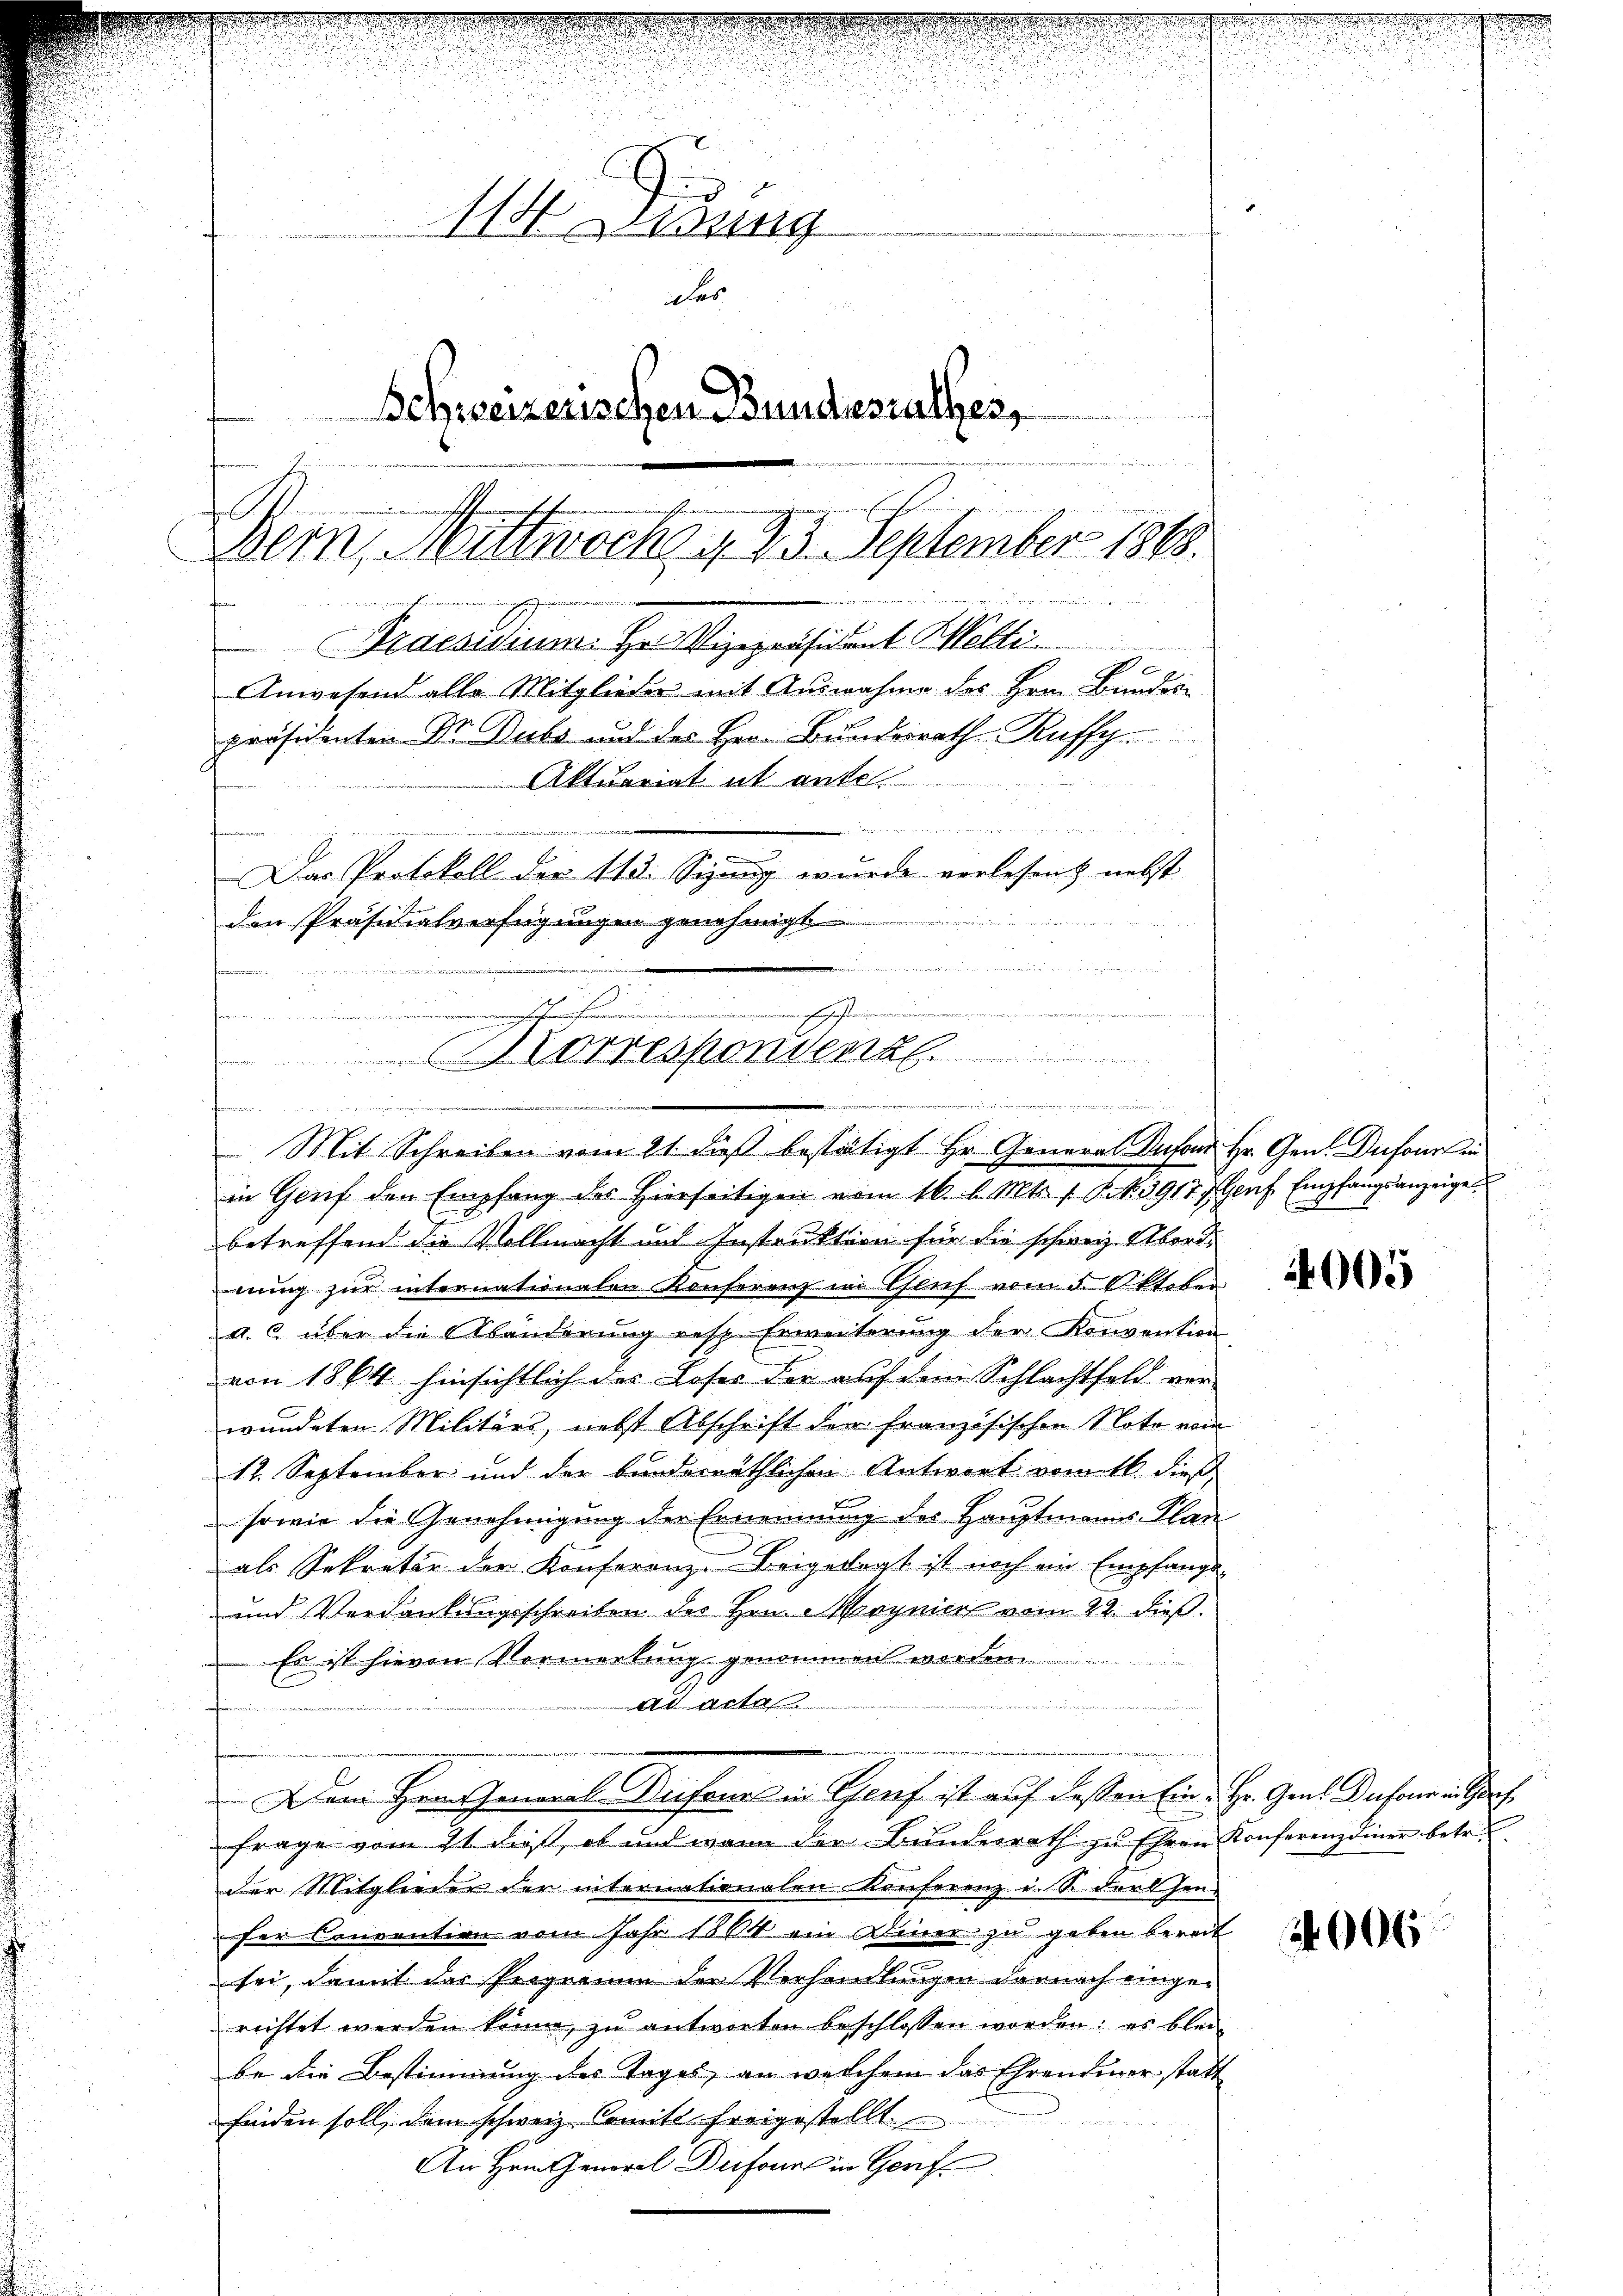
114 Zisung
das
Schweizerischen Bundesrathes,
onnen ge
.
Bein, Mittwoch, u. 25. September 1868.
1727 f 12 No 3
Praesidium. Hr. Vizepräsident Welti.
1
Anwesend alle Mitglieder mit Ausnahme des Hrn. Bundern
präsidenten Dr. Dubs und des Her. Bundesrath Ruffg
Aktuariat in anfe
 14
2
u

Das Protokoll der 113. Sizung wurde verlesen, nebst
den Präsidialverfügungen genehmigt

.
d
h
hohen
.
.
orresponsent
 e

Mit Schreiben vom 21 dieß bestätigt Hr. General Inford Hr. Gen. Dufour in
in Genf den Empfang des Hierseitigen vom 16. d. Mts. S. 3917 f Genf Empfangsanzeige
betreffend die Vollmacht und Instruktion für die schweiz. Abordnung zur internationalen Konferenz in Gluf vom 5. Oktober
a. c. über die Abänderung resp. Erweiterung der Konvention
von 1864 hinsichtlich des Loses der auf dem Schlachtfeld verwundeten Militärs, nebst Abschrift der französischen Note vom
12. September und der bunderräthlichen Antwort vom 16. dieß
sowie die Genehmigung der Ernennung der Hauptmanns- Plan
als Sekretär der Konferenz-Beigesagt ist noch ein Empfangs-
und Verdankungsschreiben des Hrn. Mirgnier vom 22. dieß.
Es ist hievon Vormerkung genommen worden.
.
ad acte
u
Dem Herr General Susane in Genf ist auf dassen Eine Hr. Gens Dechen entsch
frage vom 21 dieß, ob und wann der Bunderrath zu Ehren Konferenz einer betr.
der Mitglieder der internationalen Konferenz u. S. dersen-
ser Convention vom Jahr 1864 ein Diner zu geben bereit
sei, damit der Programm der Verhandlungen darnach eingerichtet werden könne, zŭ antworten beschlossen worden: es blei-
be die Bestimmung des Tages, an welchem das Ehrendener statt
finden soll, dem schweiz. Comite freigestellt.
E
An Hrn. General Dufour in Genf

4005

06